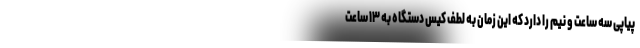
پیاپی سه ساعت و نیم را دارد که این زمان به لطف کیس دستگاه به ۱۳ ساعت